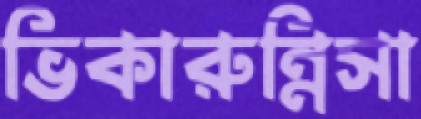
ভিকারুন্নিসা